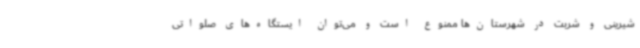
شیرینی و شربت در شهرستان‌ها ممنوع است و می‌توان ایستگاه‌های صلواتی